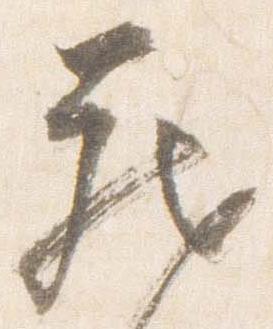
蔵